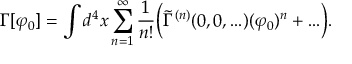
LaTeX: \Gamma [ \varphi _ { 0 } ] = \int d ^ { 4 } x \sum _ { n = 1 } ^ { \infty } \frac { 1 } { n ! } \biggr ( \tilde { \Gamma } ^ { ( n ) } ( 0 , 0 , . . . ) ( \varphi _ { 0 } ) ^ { n } + . . . \biggr ) .